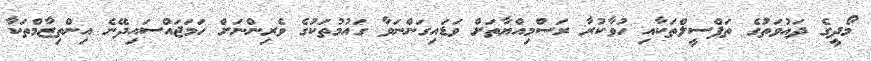
މޯދީގެ ދައުވަތުގެ ތަފްސީލްތަކާއި ހުވާކުރާ ރަސްމިއްޔާތަށް ވަޑައިގަންނަވާ ގައުމުތަކުގެ ވެރިންނަށް ހަމަޖައްސައިދޭނެ އިންތިޒާމްތަކާ